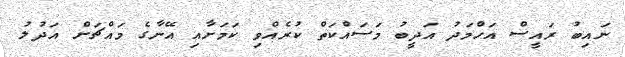
ނައިބު ރައީސް އަހްމަދު އަދީބު މަސައްކަތް ކުރެއްވި ކަމަށާއި އޭނާގެ މައްޗަށް އަދުލު